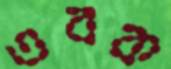
তবক